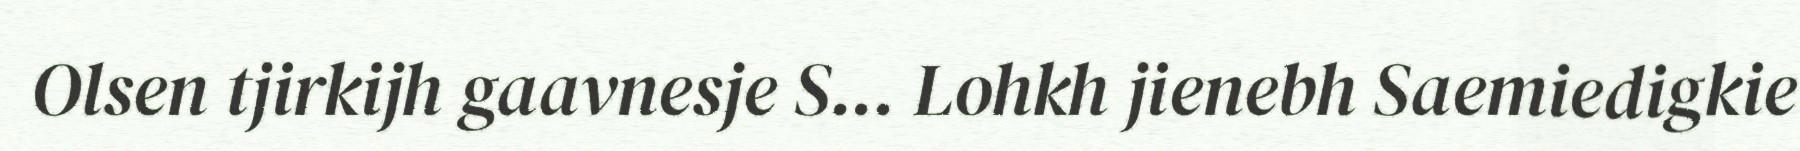
Olsen tjirkijh gaavnesje S... Lohkh jienebh Saemiedigkie